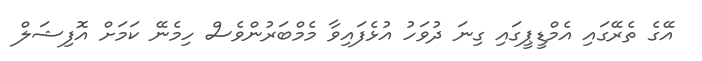
އޭގެ ތެރޭގައި އެމްޑީޕީގައި ގިނަ ދުވަހު އުޅެފައިވާ މެމްބަރުންވެސް ހިމެނޭ ކަމަށް އޮފިޝަލް